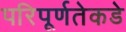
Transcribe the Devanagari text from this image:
परिपूर्णतेकडे